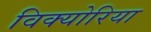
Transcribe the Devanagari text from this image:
विक्योरिया